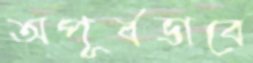
অপূর্বভাবে